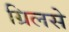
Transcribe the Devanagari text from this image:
ग्रिलसे